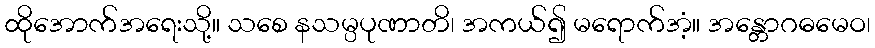
ထိုအောက်အရေးသို့။ သစေ နသမ္ပပုဏာတိ၊ အကယ်၍ မရောက်အံ့။ အန္တောဂဓမေဝ၊